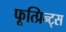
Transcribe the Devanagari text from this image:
फूत्प्रिन्ट्स